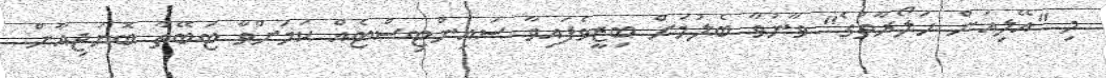
މި "އޭލިއަން ހަލޯރާތުގެ" ވާނުވާ ބެލުމަށް ބިޒީވެފައިވާ ސައިންޓިސްޓެއް ކަމަށްވާ ޓަބޭތާ ބޮޔަޖިއާން